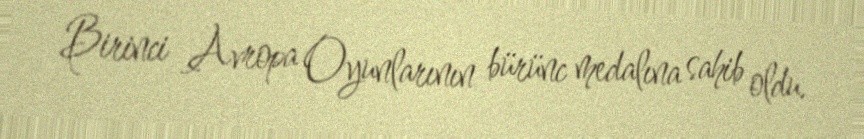
Birinci Avropa Oyunlarının bürünc medalına sahib oldu.